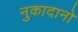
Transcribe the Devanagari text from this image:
नुकादानो